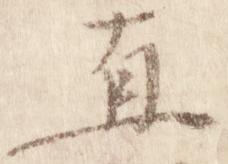
直